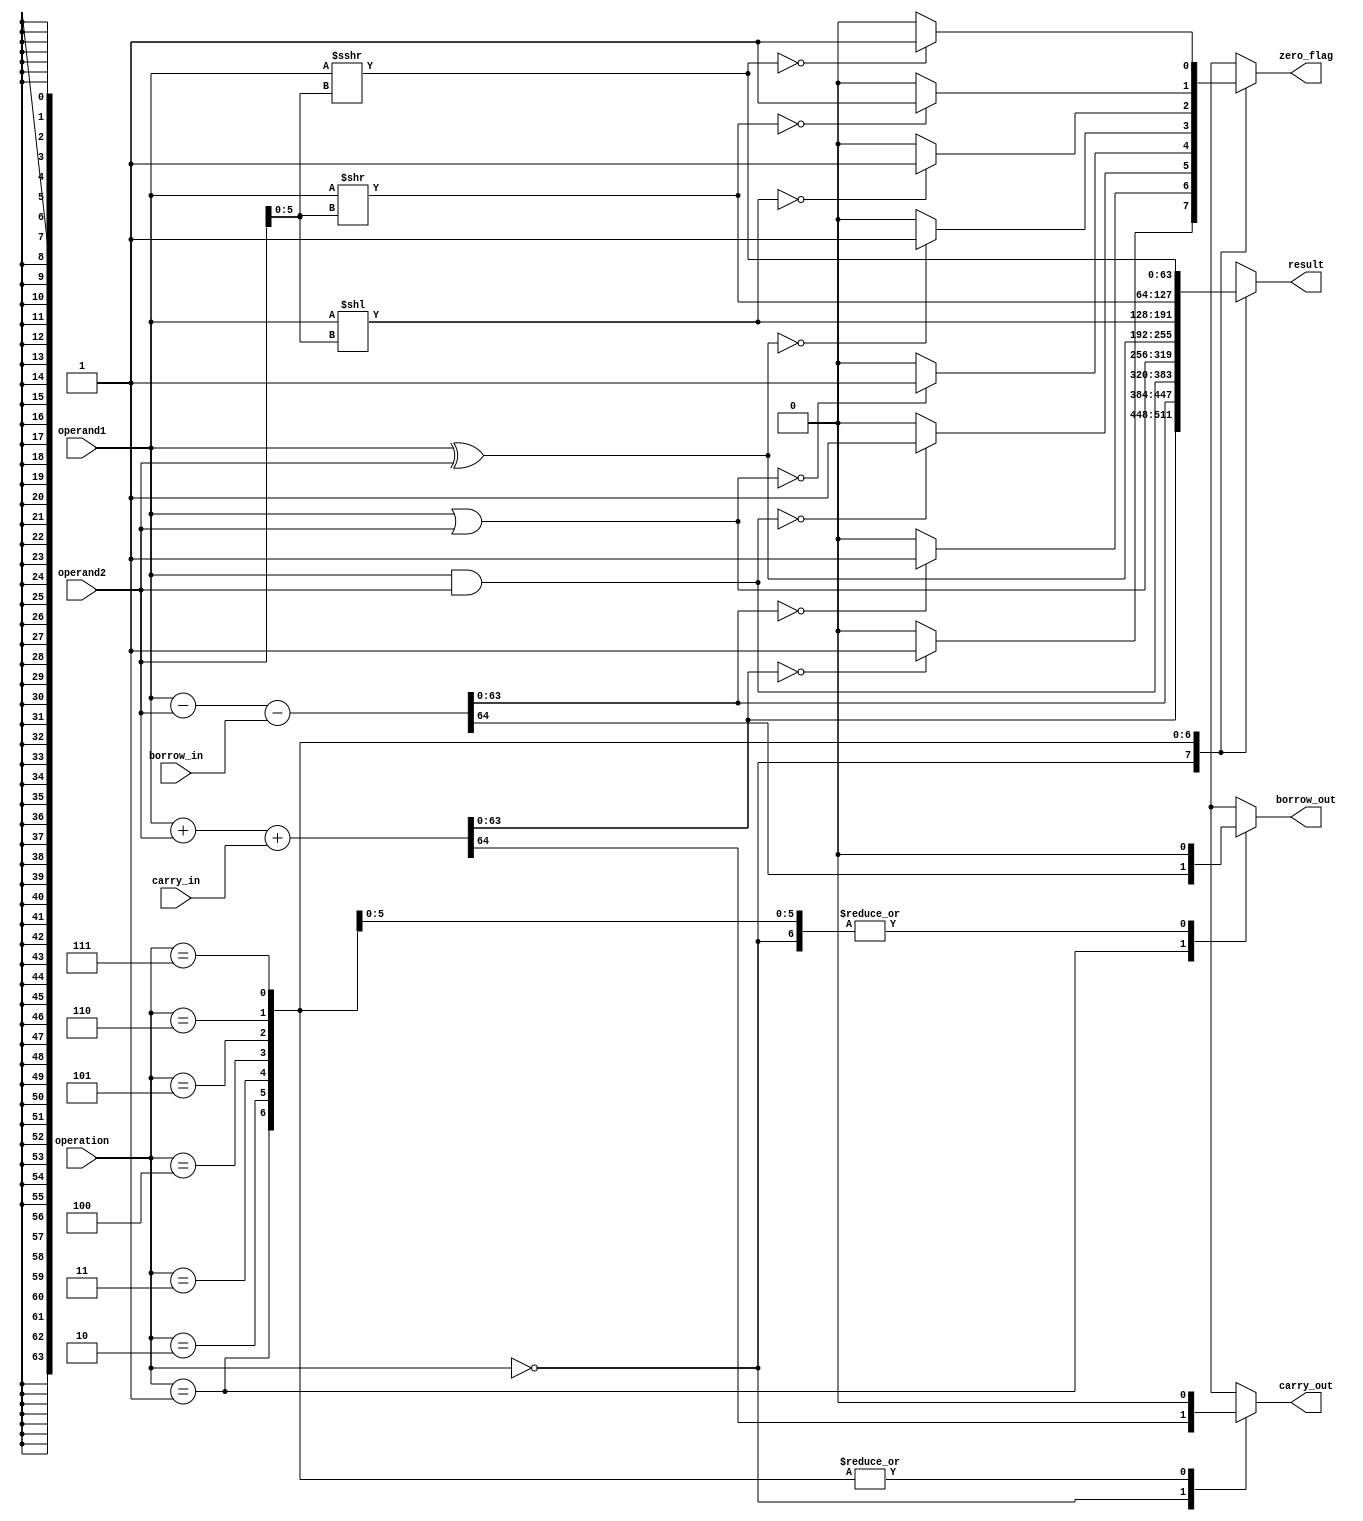
module ALU(
    input [63:0] operand1,
    input [63:0] operand2,
    input [2:0] operation,
    input carry_in,
    input borrow_in,
    output reg [63:0] result,
    output reg carry_out,
    output reg borrow_out,
    output reg zero_flag
);

always @(*) begin
    case(operation)
        3'b000: begin // Addition
            {carry_out, result} = operand1 + operand2 + carry_in;
            borrow_out = 1'b0;
            zero_flag = (result == 64'b0) ? 1'b1 : 1'b0;
        end
        3'b001: begin // Subtraction
            {borrow_out, result} = operand1 - operand2 - borrow_in;
            carry_out = 1'b0;
            zero_flag = (result == 64'b0) ? 1'b1 : 1'b0;
        end
        3'b010: begin // AND
            result = operand1 & operand2;
            carry_out = 1'b0;
            borrow_out = 1'b0;
            zero_flag = (result == 64'b0) ? 1'b1 : 1'b0;
        end
        3'b011: begin // OR
            result = operand1 | operand2;
            carry_out = 1'b0;
            borrow_out = 1'b0;
            zero_flag = (result == 64'b0) ? 1'b1 : 1'b0;
        end
        3'b100: begin // XOR
            result = operand1 ^ operand2;
            carry_out = 1'b0;
            borrow_out = 1'b0;
            zero_flag = (result == 64'b0) ? 1'b1 : 1'b0;
        end
        3'b101: begin // Shift Left
            result = operand1 << operand2[5:0]; // Shift by the lower 6 bits of operand2
            carry_out = 1'b0;
            borrow_out = 1'b0;
            zero_flag = (result == 64'b0) ? 1'b1 : 1'b0;
        end
        3'b110: begin // Shift Right Logical
            result = operand1 >> operand2[5:0]; // Shift by the lower 6 bits of operand2
            carry_out = 1'b0;
            borrow_out = 1'b0;
            zero_flag = (result == 64'b0) ? 1'b1 : 1'b0;
        end
        3'b111: begin // Shift Right Arithmetic
            result = $signed(operand1) >>> operand2[5:0]; // Arithmetically shift by the lower 6 bits of operand2
            carry_out = 1'b0;
            borrow_out = 1'b0;
            zero_flag = (result == 64'b0) ? 1'b1 : 1'b0;
        end
    endcase
end

endmodule